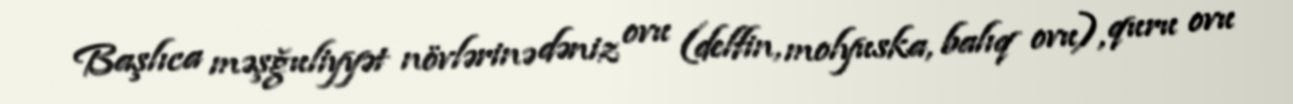
Başlıca məşğuliyyət növlərinə dəniz ovu (delfin, molyuska, balıq ovu), quru ovu